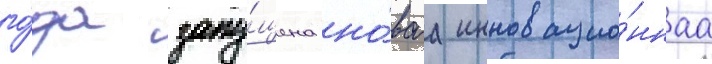
го́да запу́щена но́ваа инновацио́ннаа